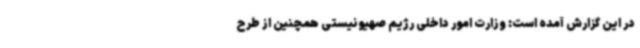
در این گزارش آمده است: وزارت امور داخلی رژیم صهیونیستی همچنین از طرح